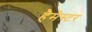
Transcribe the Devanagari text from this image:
हैमेस्टर